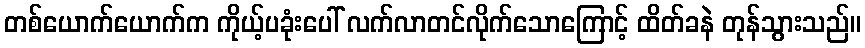
တစ်ယောက်ယောက်က ကိုယ့်ပခုံးပေါ် လက်လာတင်လိုက်သောကြောင့် ထိတ်ခနဲ တုန်သွားသည်။